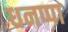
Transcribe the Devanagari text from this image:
धनप्पा